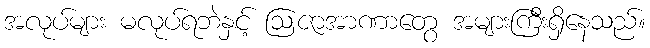
အလုပ်များ မလုပ်ရဘဲနှင့် ဩဇာအာဏာတွေ အများကြီးရှိနေသည်။